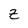
Character: Z